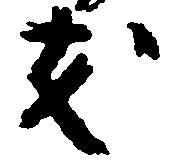
友